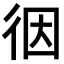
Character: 𢓨